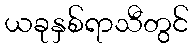
ယခုနှစ်ရာသီတွင်